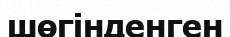
шөгінденген